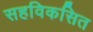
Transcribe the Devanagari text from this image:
सहविकसित